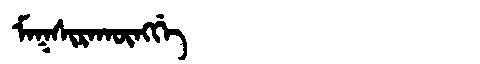
Manchu: ᠮᠠᡴᠰᡳᡵᠠᡴᡡᠩᡤᡝ
Romanization: MAKSIRAKŪNGGE